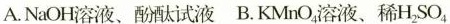
A.NaOH溶液、酚酞试液 B.KMnO_{4}溶液、稀H_{2}SO_{4}